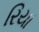
રિયા